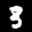
Label: 3